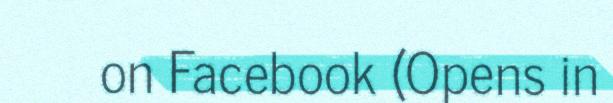
on Facebook (Opens in